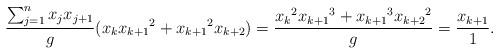
LaTeX: \begin{align*} \frac{\sum_{j=1}^n x_jx_{j+1}}{g} (x_{k}{x_{k+1}}^2+{x_{k+1}}^2x_{k+2})=\frac{{x_{k}}^2{x_{k+1}}^3+{x_{k+1}}^3{x_{k+2}}^2}{g}=\frac{x_{k+1}}{1}.\end{align*}